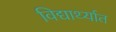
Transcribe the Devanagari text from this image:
विद्यार्थ्यात